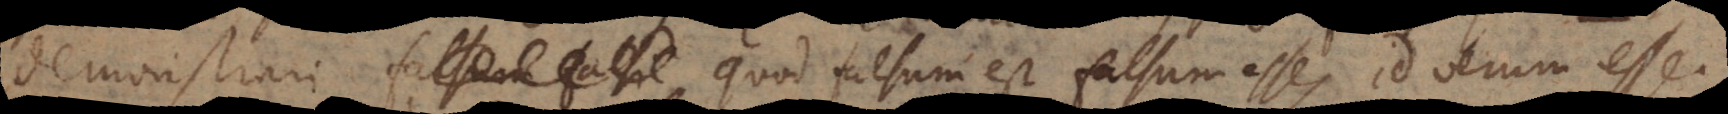
onstrari falsum falsi quod falsum est falsum esse, id verum esse.